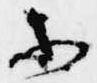
等